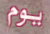
يوم